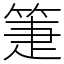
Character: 箑